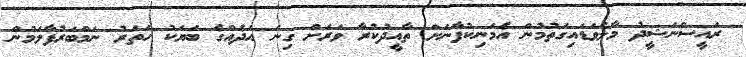
ރައީސްނަޝީދު މާލެވަޑައިގަތުމުން އެމަނިކުފާނަށް ތާއީދުކުރާ ވަރަށް ގިނަ އަދެއްގެ ބަޔަކު ހަތަރު ނަމްބަރުފާލަމުން